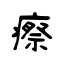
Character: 瘵